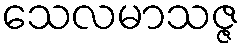
သေလမာသဇ္ဇ